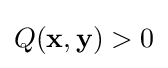
Q(\mathbf {x} ,\mathbf {y} )>0